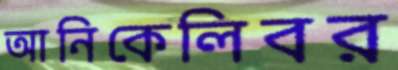
আনিকেলিবর